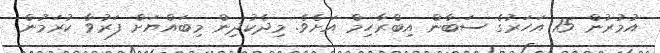
އުމުރުން 15 އަހަރުގެ ސަބާން އިބްރާހިމް އަށެވެ. މިދެކުދިން މިބައްޔަށް ފަރުވާ ކުރަމުން